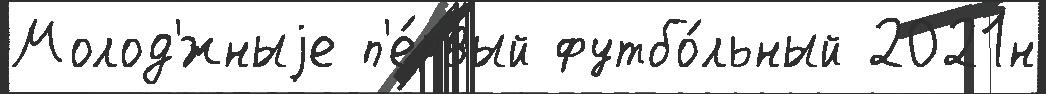
Молод'́жныjе п'е́рвый футбо́льный 2021н